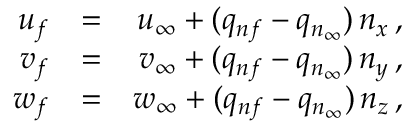
\begin{array} { r l r } { { u _ { f } } } & { { = } } & { { u _ { \infty } + ( q _ { n f } - q _ { n _ { \infty } } ) \, n _ { x } \, \mathrm { , } } } \\ { { v _ { f } } } & { { = } } & { { v _ { \infty } + ( q _ { n f } - q _ { n _ { \infty } } ) \, n _ { y } \, \mathrm { , } } } \\ { { w _ { f } } } & { { = } } & { { w _ { \infty } + ( q _ { n f } - q _ { n _ { \infty } } ) \, n _ { z } \, \mathrm { , } } } \end{array}